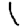
Digit: 1